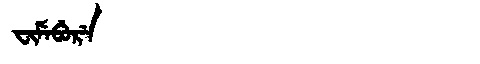
Manchu: ᠸᡳᠮᡝᠪᡠᡵᡝ
Romanization: FIMEBURE